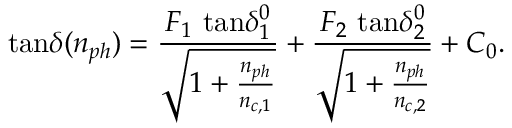
\mathrm { t a n } \delta ( n _ { p h } ) = \frac { F _ { 1 } \ \mathrm { t a n } \delta _ { 1 } ^ { 0 } } { \sqrt { 1 + \frac { n _ { p h } } { n _ { c , 1 } } } } + \frac { F _ { 2 } \ \mathrm { t a n } \delta _ { 2 } ^ { 0 } } { \sqrt { 1 + \frac { n _ { p h } } { n _ { c , 2 } } } } + C _ { 0 } .